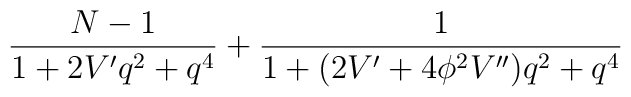
\frac{N-1}{1+2 V' q^2 +q^4} + \frac{1}{1+(2V' + 4 \phi^2 V'') q^2 +q^4}